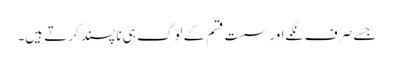
جسے صرف نکمے اور سست قسم کے لوگ ہی نا پسند کرتے ہیں۔